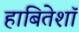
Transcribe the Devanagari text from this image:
हाबितेशॉ